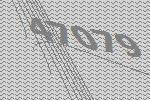
47079